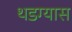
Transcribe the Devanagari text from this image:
थडग्यास